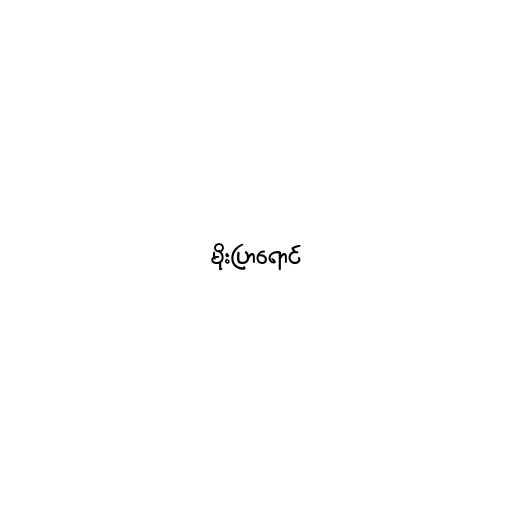
မိုးပြာရောင်